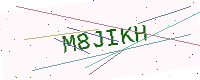
Text: M8JIKH